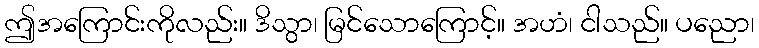
ဤအကြောင်းကိုလည်း။ ဒိသွာ၊ မြင်သောကြောင့်။ အဟံ၊ ငါသည်။ ပညော၊